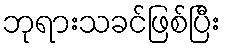
ဘုရားသခင်ဖြစ်ပြီး